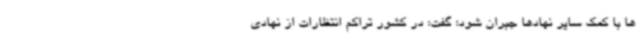
ها با کمک سایر نهادها جبران شود؛ گفت: در کشور تراکم انتظارات از نهادی